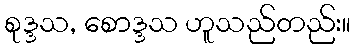
စုဒ္ဒသ, စောဒ္ဒသ ဟူသည်တည်း။